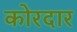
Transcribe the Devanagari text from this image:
कोरदार